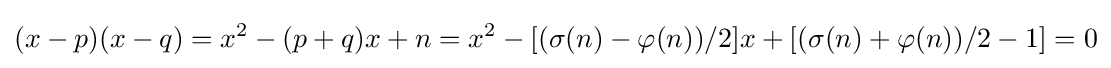
(x-p)(x-q)=x^{2}-(p+q)x+n=x^{2}-[(\sigma (n)-\varphi (n))/2]x+[(\sigma (n)+\varphi (n))/2-1]=0